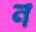
ন